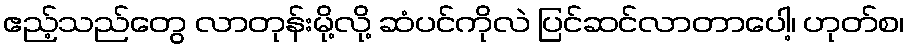
ဧည့်သည်တွေ လာတုန်းမို့လို့ ဆံပင်ကိုလဲ ပြင်ဆင်လာတာပေါ့၊ ဟုတ်စ၊